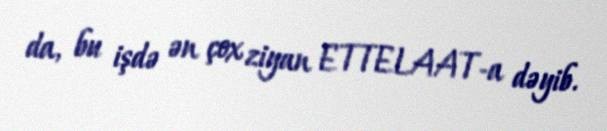
da, bu işdə ən çox ziyan ETTELAAT-a dəyib.